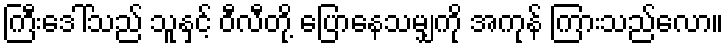
ကြီးဒေါ်သည် သူနှင့် ဝီလီတို့ ပြောနေသမျှကို အကုန် ကြားသည်လော။